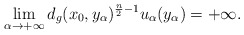
\begin{align*}\lim_{\alpha\rightarrow+\infty}d_g(x_0,y_\alpha)^{\frac{n}{2}-1}u_\alpha(y_\alpha) = +\infty.\end{align*}